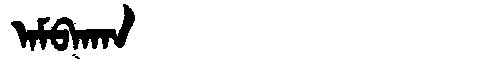
Manchu: ᠠᠮᠪᠠᡴᠠᠨ
Romanization: AMBAKAN